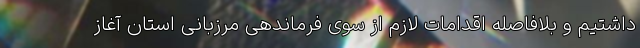
داشتیم و بلافاصله اقدامات لازم از سوی فرماندهی مرزبانی استان آغاز